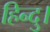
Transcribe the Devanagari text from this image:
हिन्दु।